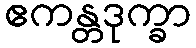
ဧကန္တဒုက္ခာ